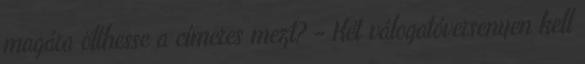
magára ölthesse a címeres mezt? – Két válogatóversenyen kell